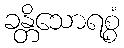
ခန္တိသောရစ္စံ